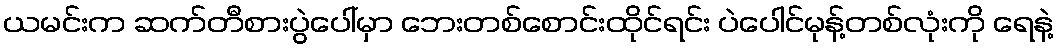
ယမင်းက ဆက်တီစားပွဲပေါ်မှာ ဘေးတစ်စောင်းထိုင်ရင်း ပဲပေါင်မုန့်တစ်လုံးကို ရေနဲ့